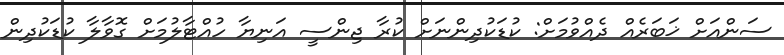
ސަންއަށް ޚަބަރެއް ދެއްވުމަށް: ކުޑަކުދިންނަށް ކުރާ ޖިންސީ އަނިޔާ ހުއްޓާލުމަށް ގޮވާލާ ކުޑަކުދިން